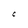
Character: C